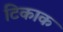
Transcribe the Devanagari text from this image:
टिकाक